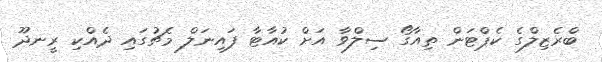
ބްރެޒިލްގެ ކެޕްޓަން ތިއާގޯ ސިލްވާ އަށް ކުއާޓާ ފައިނަލް މެޗުގައި ދެއްކި ރީނދޫ